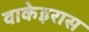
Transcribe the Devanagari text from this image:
वाकेइरास